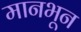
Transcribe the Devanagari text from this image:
मानभून